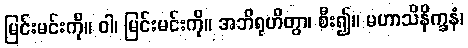
မြင်းမင်းကို။ ဝါ၊ မြင်းမင်းကို။ အဘိရုဟိတွာ၊ စီး၍။ မဟာသိနိက္ခနံ၊